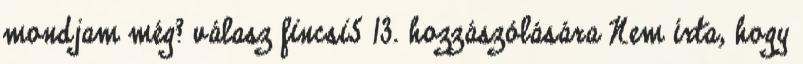
mondjam még? válasz fincsi5 13. hozzászólására Nem írta, hogy